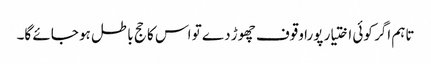
تاہم اگر کوئی اختیار پورا وقوف چھوڑ دے تو اس کا حج باطل ہو جائے گا۔